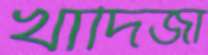
খাদিজা